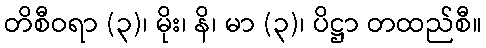
တိစီဝရာ (၃)၊ မိုး၊ နိ၊ မာ (၃)၊ ပိဋ္ဌာ တထည်စီ။